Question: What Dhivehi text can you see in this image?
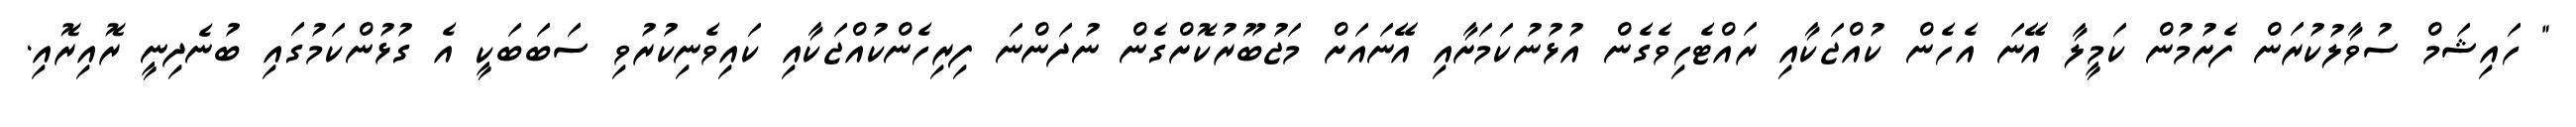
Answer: " ހައިޝަމް ސުވާލުކުރަން ފެށުމުން ކަމީލާ އޭނަ އެހެން ކުއްޖަކާއި ރައްޓެހިވެގެން އުޅުނުކަމަށާއި އޭނައަށް މަޖުބޫރުކޮށްގެން ނުދަންނަ ފިރިހެންކުއްޖަކާއި ކައިވެނިކުރުވި ސަބަބަކީ އެ ގުޅުންކަމުގައި ބުނެދިނީ ރޮއިރޮއި.